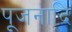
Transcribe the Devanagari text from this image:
पूजनादि